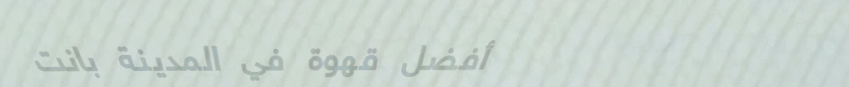
أفضل قهوة في المدينة بانت